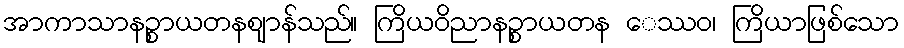
အာကာသာနဉ္စာယတနဈာန်သည်။ ကြိယဝိညာနဉ္စာယတန ေဿဝ၊ ကြိယာဖြစ်သော